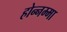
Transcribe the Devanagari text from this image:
होन्नम्मा